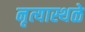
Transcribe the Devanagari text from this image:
नृत्यास्थळे